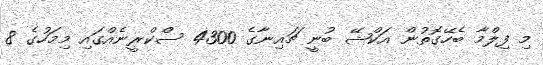
މި ފިލްމާ ބެހޭގޮތުން އަކްޝޭ ބުނީ ޗައިނާގެ 4300 ސްކްރީނެއްގައި މިމަހުގެ 8